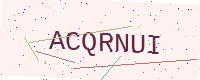
Text: ACQRNUI